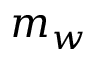
m _ { w }